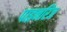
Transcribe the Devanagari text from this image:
पाइनरिज